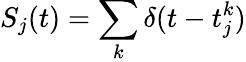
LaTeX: S_{j}(t)=\sum_{k}\delta(t-t_{j}^{k})